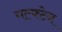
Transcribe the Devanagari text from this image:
गल्फ्टेन